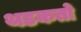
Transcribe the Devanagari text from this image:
थडकतो